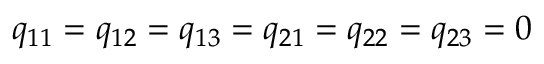
q _ { 1 1 } = q _ { 1 2 } = q _ { 1 3 } = q _ { 2 1 } = q _ { 2 2 } = q _ { 2 3 } = 0